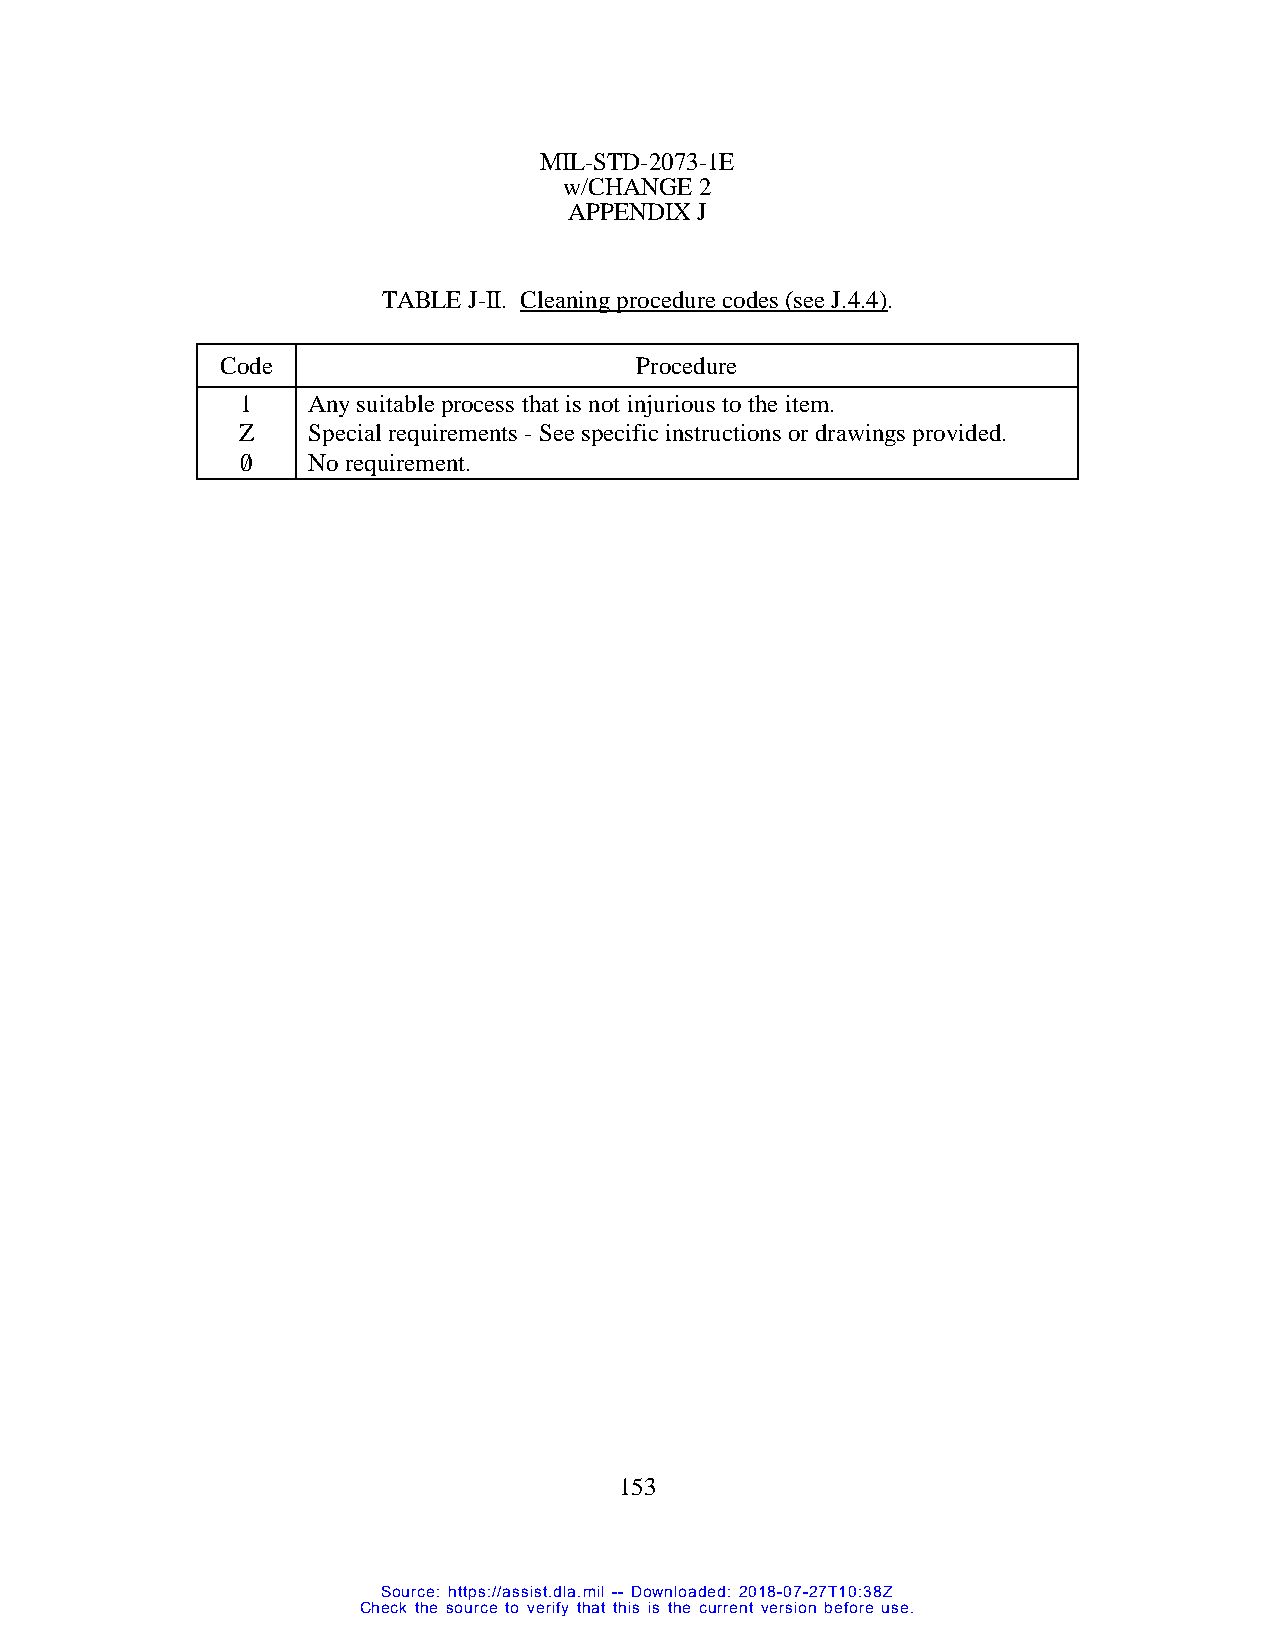
MIL-STD-2073-1E
 w/CHANGE 2
 APPENDIX J
 TABLE J-II. Cleaning procedure codes (see J.4.4).
 Code                       Procedure
 1   Any suitable process that is not injurious to the item.
 Z   Special requirements - See specific instructions or drawings provided.
 0/  No requirement.
 153
 Source: https://assist.dla.mil -- Downloaded: 2018-07-27T10:38Z
 Check the source to verify that this is the current version before use.